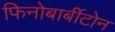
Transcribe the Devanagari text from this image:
फिनोबार्बीटोन